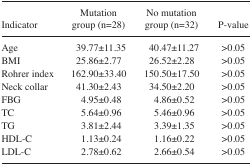
| Indicator | Mutation group (n=28) | No mutation group (n=32) | P-value |
 | --- | --- | --- | --- |
 | Age | 39.77±11.35 | 40.47±11.27 | >0.05 |
 | BMI | 25.86±2.77 | 26.52±2.28 | >0.05 |
 | Rohrer index | 162.90±33.40 | 150.50±17.50 | >0.05 |
 | Neck collar | 41.30±2.43 | 34.50±2.20 | >0.05 |
 | FBG | 4.95±0.48 | 4.86±0.52 | >0.05 |
 | TC | 5.64±0.96 | 5.46±0.96 | >0.05 |
 | TG | 3.81±2.44 | 3.39±1.35 | >0.05 |
 | HDL-C | 1.13±0.24 | 1.16±0.22 | >0.05 |
 | LDL-C | 2.78±0.62 | 2.66±0.54 | >0.05 |